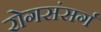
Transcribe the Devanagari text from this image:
रोगसंसर्ग